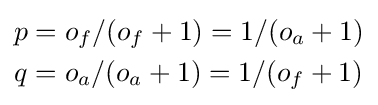
{\begin{aligned}p&=o_{f}/(o_{f}+1)=1/(o_{a}+1)\\q&=o_{a}/(o_{a}+1)=1/(o_{f}+1)\end{aligned}}